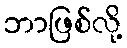
ဘာဖြစ်လို့